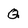
Character: Q